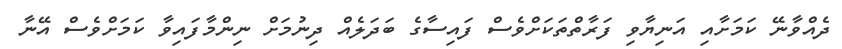
ދެއްވާނޭ ކަމަށާއި އަނިޔާވި ފަރާތްތަކަށްވެސް ފައިސާގެ ބަދަލެއް ދިނުމަށް ނިންމާފައިވާ ކަމަށްވެސް އޭނާ